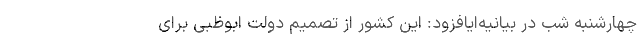
چهارشنبه شب در بیانیه‌ایافزود: این کشور از تصمیم دولت ابوظبی برای